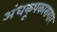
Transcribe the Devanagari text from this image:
अंधकूपकारागार